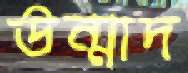
উন্মাদ